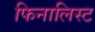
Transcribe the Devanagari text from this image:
फिनालिस्ट